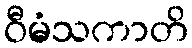
ဝီမံသကာတိ